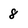
Character: 8